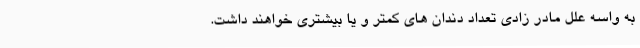
به واسه علل مادر زادی تعداد دندان های کمتر و یا بیشتری خواهند داشت.